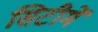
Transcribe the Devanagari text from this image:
सिटीमें